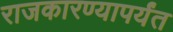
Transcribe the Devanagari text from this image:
राजकारण्यापर्यंत